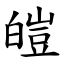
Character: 皚